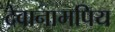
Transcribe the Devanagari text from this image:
देवानामपिय